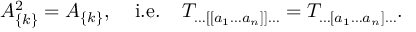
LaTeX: { \cal A } _ { \{ k \} } ^ { 2 } = { \cal A } _ { \{ k \} } , \; \; \; \; \mathrm { i . e . } \; \; \; \; T _ { \ldots [ [ a _ { 1 } \ldots a _ { n } ] ] \ldots } = T _ { \ldots [ a _ { 1 } \ldots a _ { n } ] \ldots } .